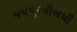
જયપૂરનીબધી